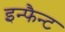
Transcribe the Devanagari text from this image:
इन्फैन्ट